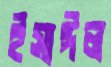
ইসাঈল